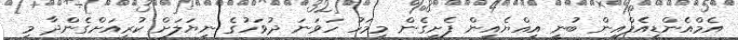
އެމްއެންޑީއެފްއިން ބުނީ އިއްޔެއިން ފެށިގެން މިމަހު ހަވަނަ ދުވަހުގެ ނިޔަލަށް ކުރިއަށްގެންދާ މި